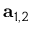
\mathbf { a } _ { 1 , 2 }